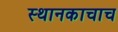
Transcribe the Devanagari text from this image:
स्थानकाचाच